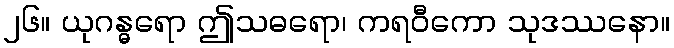
၂၆။ ယုဂန္ဓရော ဤသဓရော၊ ကရဝီကော သုဒဿနော။